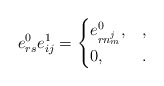
\begin{align*} e_{rs}^0e_{ij}^1 = \begin{cases} e_{rn_m^j}^0, &,\\ 0, &. \end{cases}\end{align*}